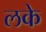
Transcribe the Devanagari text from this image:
लके